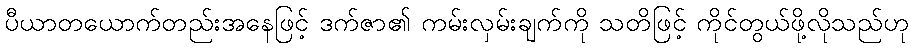
ပီယာတယောက်တည်းအနေဖြင့် ဒက်ဇာ၏ ကမ်းလှမ်းချက်ကို သတိဖြင့် ကိုင်တွယ်ဖို့လိုသည်ဟု